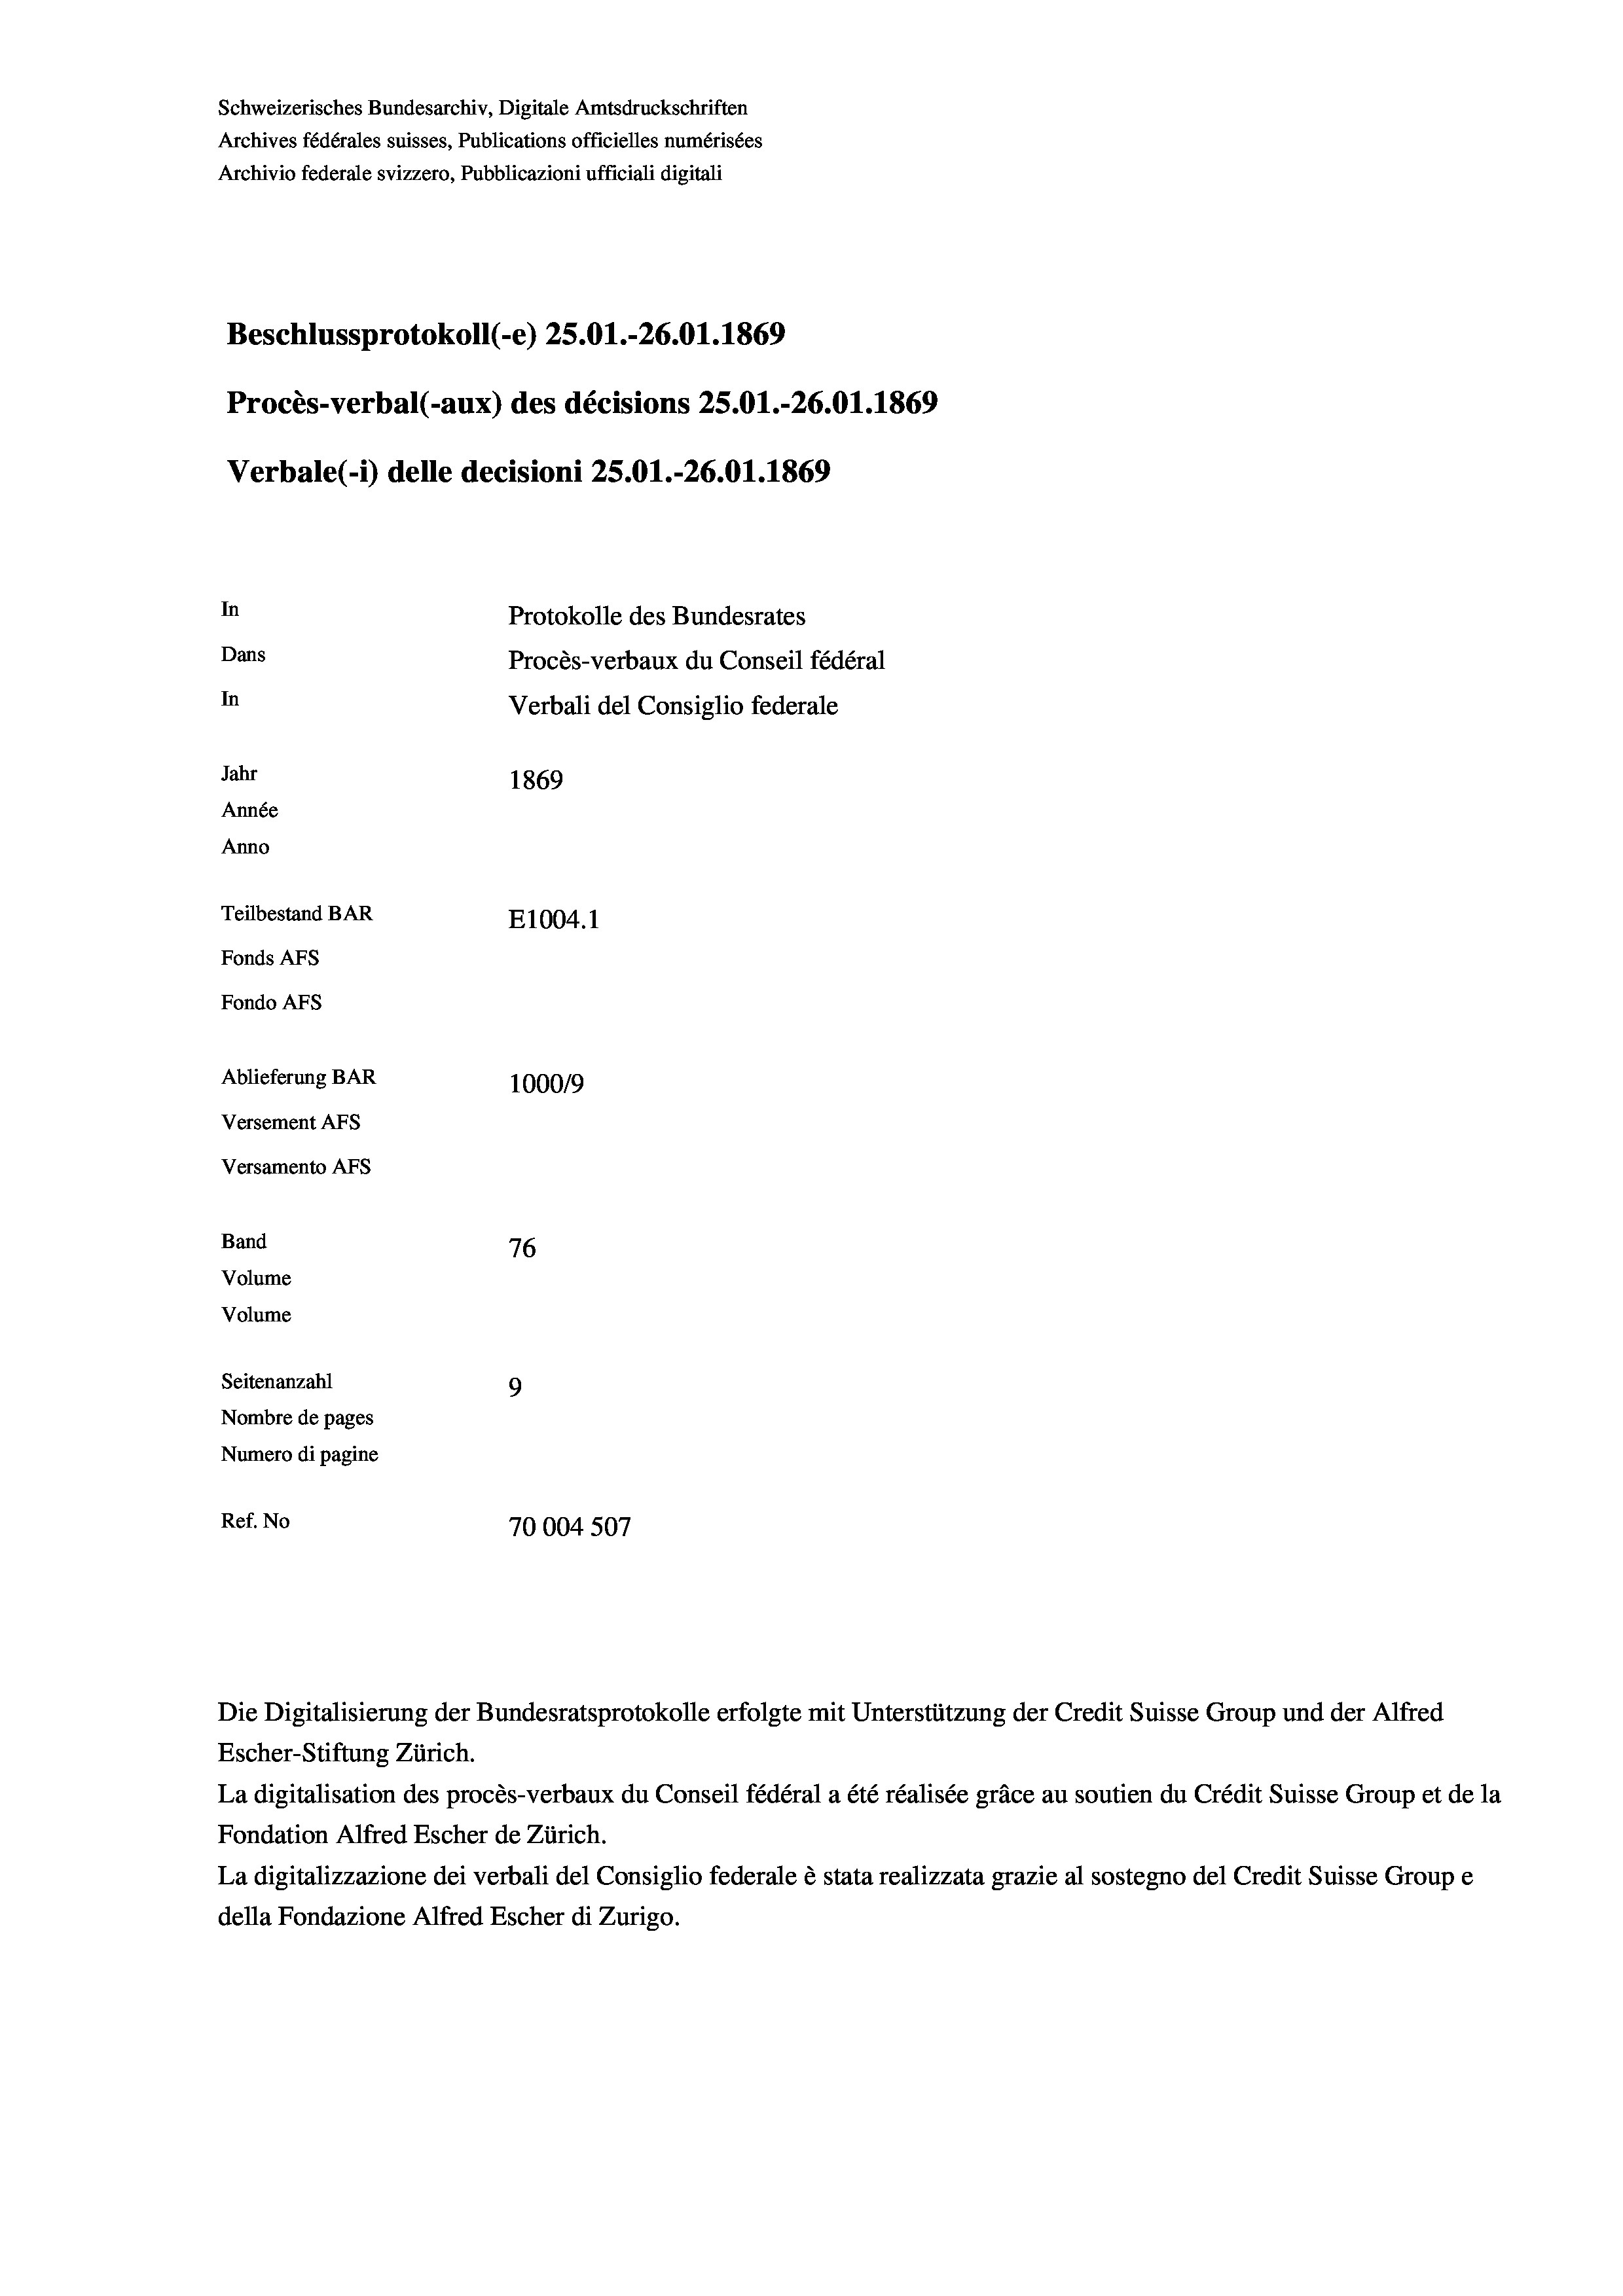
Schweizerisches Bundesarchiv, Digitale Amtsdruckschriften
Archives fédérales suisses, Publications officielles numérisées
Archivio federale svizzero, Pubblicazioni ufficiali digitali
Beschlussprotokoll (-e) 25.01.-26.01. 1869
Procès-verbal (-aux) des décisions 25.01.-26.01. 1869
Verbale(-*) delle decisioni 25.01.-26.01. 1869
In
Protokolle des Bundesrates
Dans
Procès-verbaux du Conseil fédéral
In
Verbali del Consiglio federale
Jahr
1869
Année
Anno
Teilbestand BAR
E1004. 1
Fonds AFs
Fondo AFs
Ablieferung BAR
100019
Versement As
Versamento AFs
Band
76
Volume
Volume
Seitenanzahl
9
Nombre de pages
Numero di pagine
Ref. No
70004 507

Escher-Stiftung Zürich.
La digitalisation des procès-verbaux du Conseil fédéral a été réalisée gräce au soutien du Crédit Suisse Group et de la
Fondation Alfred Escher de Zürich.
La digitalizzazione dei verbali del Consiglio federale è stata realizzata grazie al sostegno del Credit Suisse Groupe
della Fondazione Alfred Escher di Zurigo.

Die Digitalisierung der Bundesratsprotokolle erfolgte mit Unterstützung der Credit Suisse Group und der Alfred